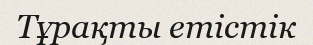
Тұрақты етістік